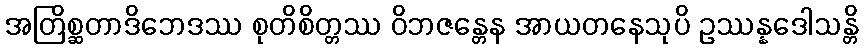
အတြိစ္ဆတာဒိဘေဒဿ စုတိစိတ္တဿ ဝိဘဇန္တေန အာယတနေသုပိ ဥဿန္နဒေါသန္တိ